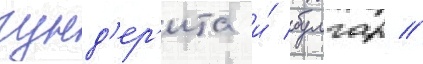
гунд'ер'ита и́ булгар //